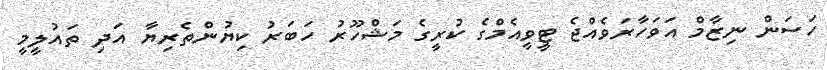
ހަސަން ނިޒާމް އަވަހާރަވެއްޖެ ޓީވީއެމްގެ ކުރީގެ މަޝްހޫރު ހަބަރު ކިޔުންތެރިޔާ އަދި ތައުލީމީ